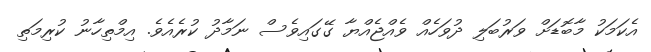
އެކަމަކު މާބޮޑަށް ވަރުބަލި ދުވަހެއް ވެއްޖެއްޔާ ގޭގައިވެސް ނަމާދު ކުރެއެވެ. އިމްތިހާނު ކުރިމަތި